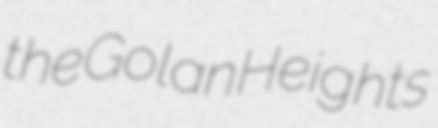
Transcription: the Golan Heights